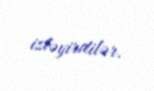
izləyirdilər.